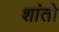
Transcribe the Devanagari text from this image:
शांतो